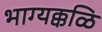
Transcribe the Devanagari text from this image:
भाग्यक्कळि